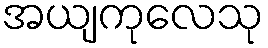
အယျကုလေသု